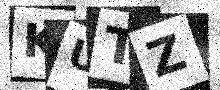
Text: KUTZ